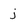
Character: j